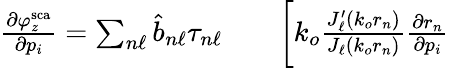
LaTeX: \begin{array}{rlr}{\frac{\partial\varphi_{z}^{\mathrm{sca}}}{\partial p_{i}}=\sum_{n\ell}\hat{b}_{n\ell}\tau_{n\ell}}&{{}}&{\bigg[k_{o}\frac{J_{\ell}^{\prime}\left(k_{o}r_{n}\right)}{J_{\ell}\left(k_{o}r_{n}\right)}\frac{\partial r_{n}}{\partial p_{i}}}\end{array}